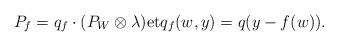
LaTeX: \begin{align*}P_{f}=q_{f}\cdot (P_{W}\otimes \lambda)\mbox{et} q_{f}(w,y)=q(y-f(w)).\end{align*}